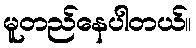
မူတည်နေပါတယ်။